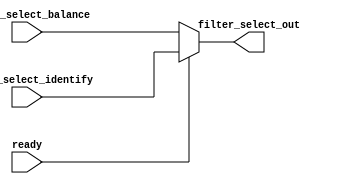
`timescale 1ns / 1ps


module conbine_wire(
input ready,
input [1:0]filter_select_balance,
input [1:0]filter_select_identify,
output  reg [1:0] filter_select_out
    );
    always@(*)
    begin
        if(!ready)
        begin
            filter_select_out = filter_select_balance;       
        end
        else
        begin
         filter_select_out = filter_select_identify;       
        end
    end
    
    
endmodule